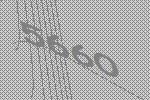
5660